65_HS1-834228961_62-HQ-83894_Section_6
Agency: FBI
Page 219
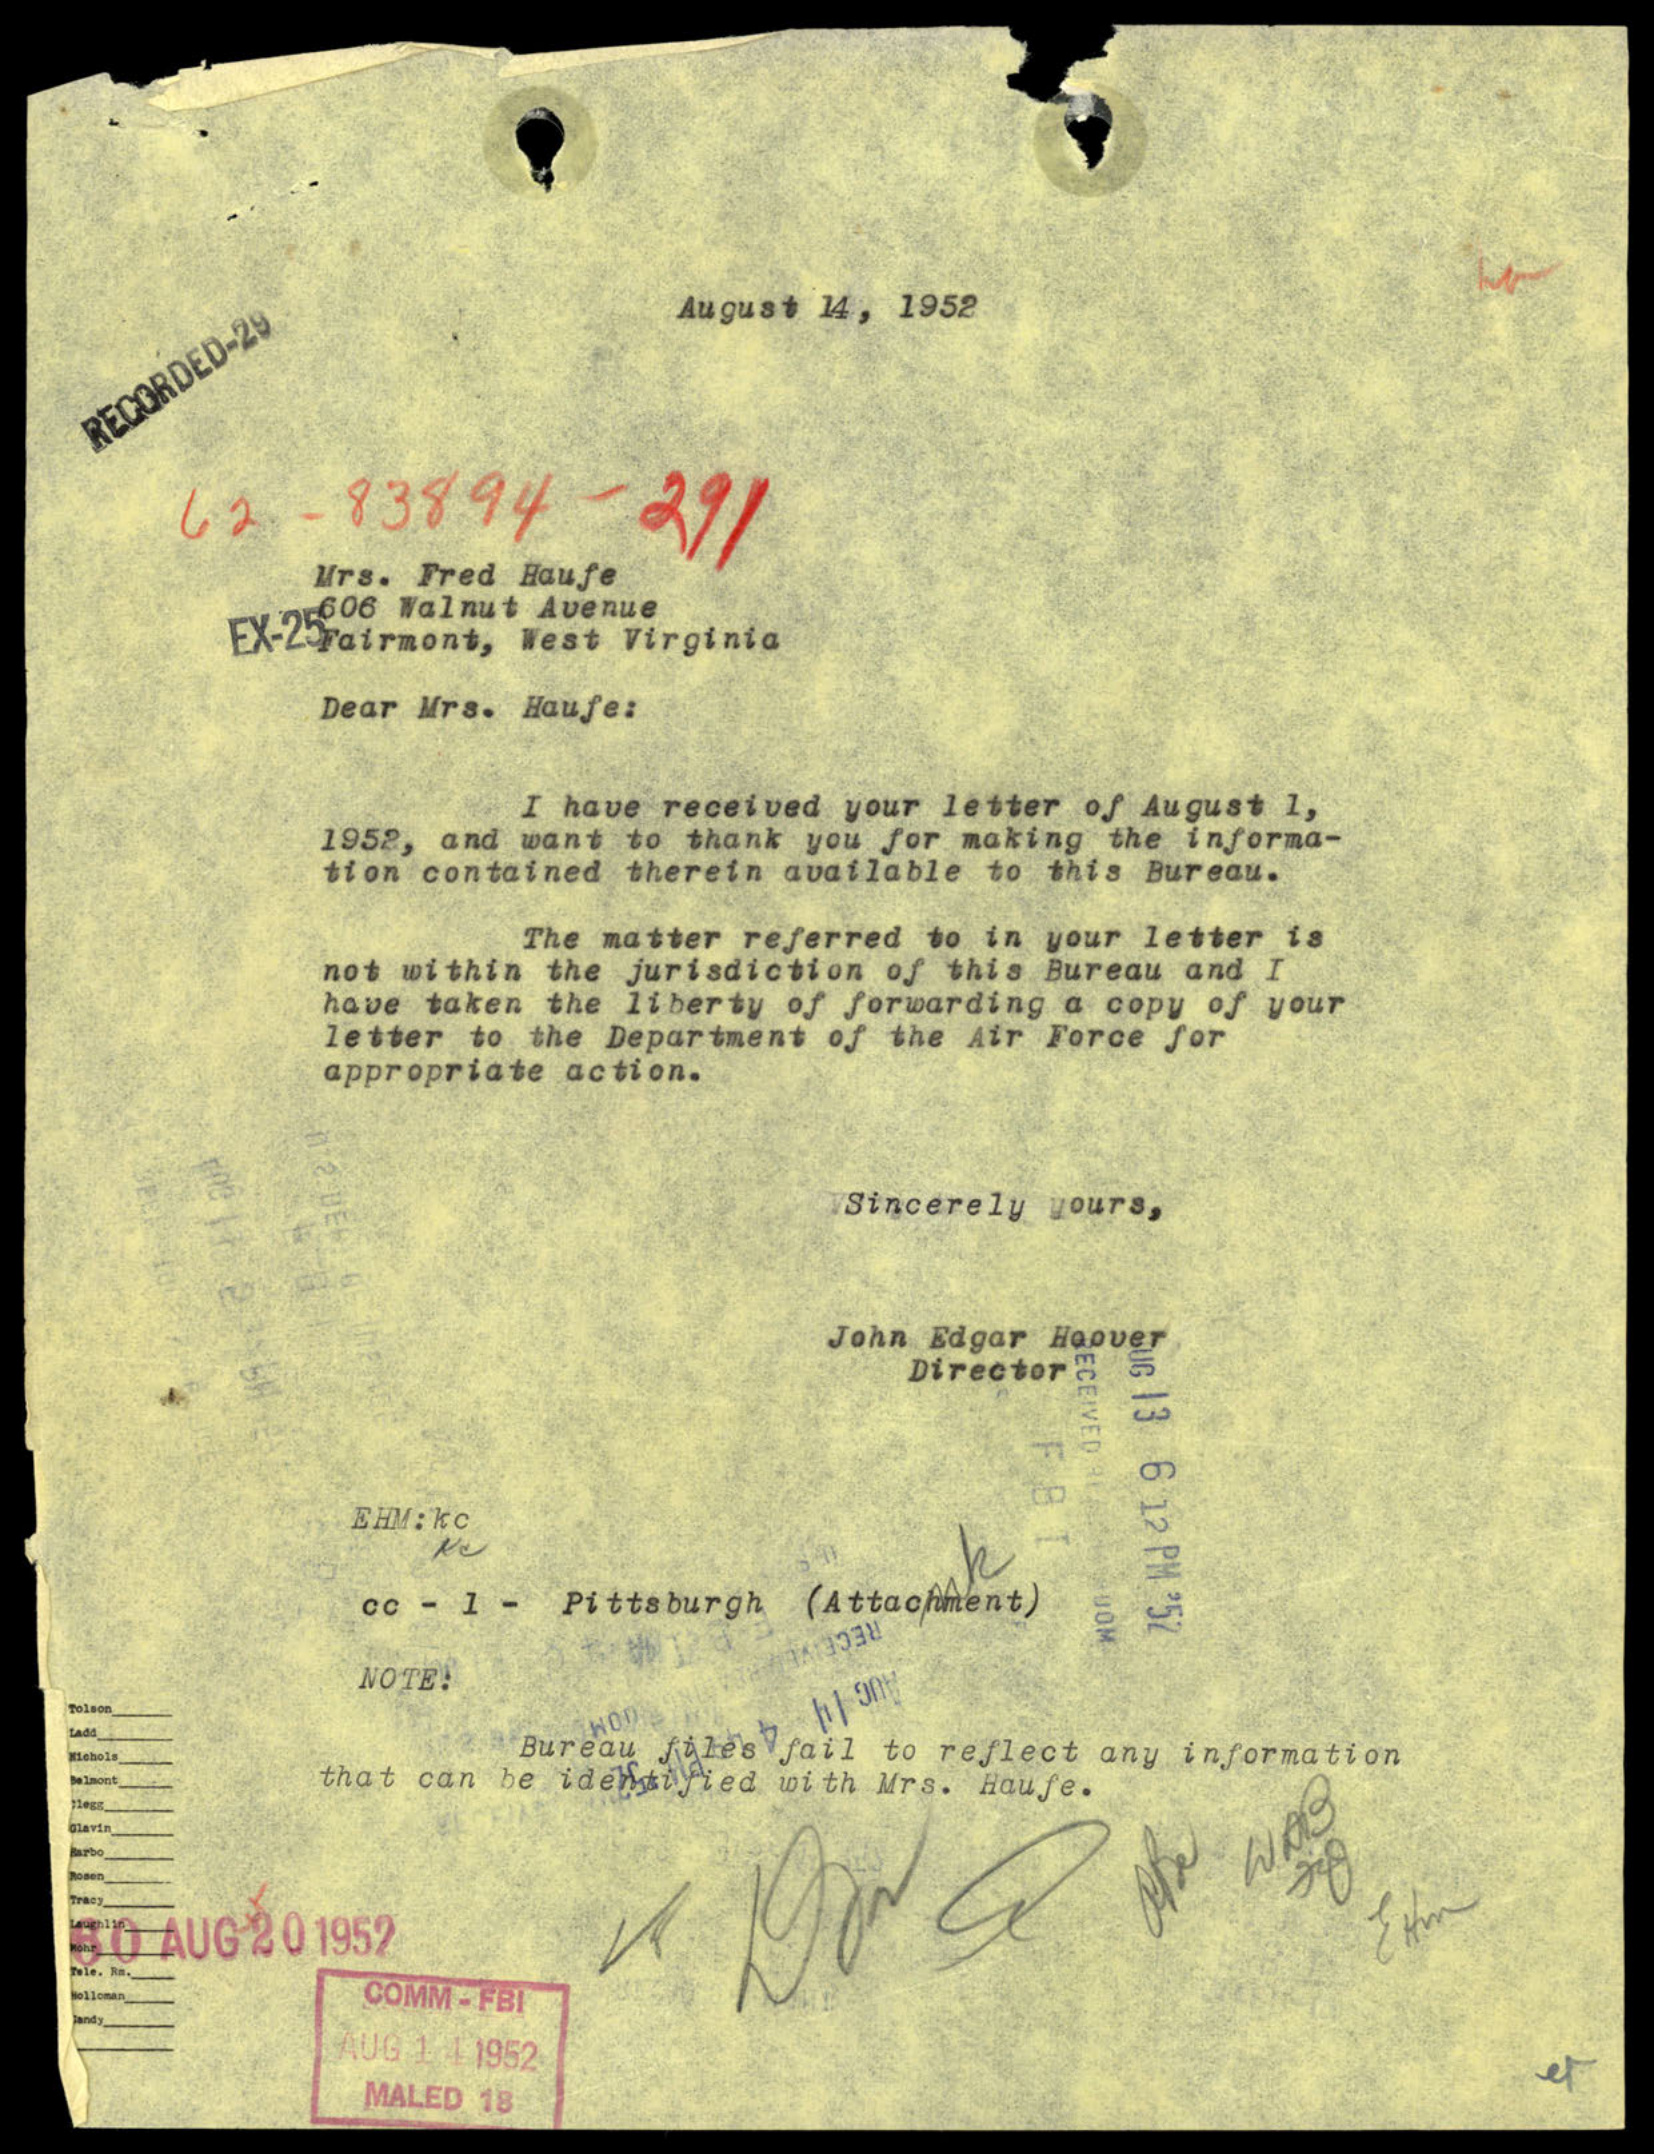